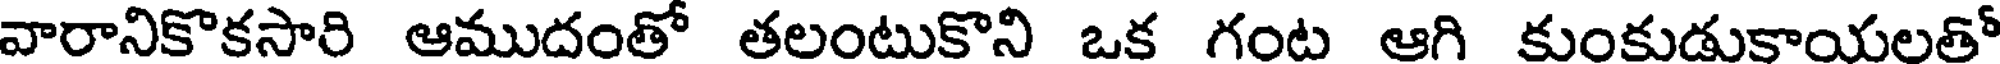
వారానికొకసారి ఆముదంతో తలంటుకొని ఒక గంట ఆగి కుంకుడుకాయలతో